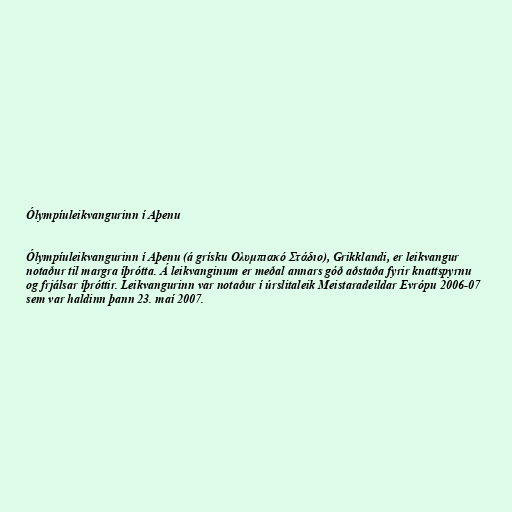
Ólympíuleikvangurinn í Aþenu

Ólympíuleikvangurinn í Aþenu (á grísku Ολυμπιακό Στάδιο), Grikklandi, er leikvangur
notaður til margra íþrótta. Á leikvanginum er meðal annars góð aðstaða fyrir knattspyrnu
og frjálsar íþróttir. Leikvangurinn var notaður í úrslitaleik Meistaradeildar Evrópu 2006-07
sem var haldinn þann 23. maí 2007.